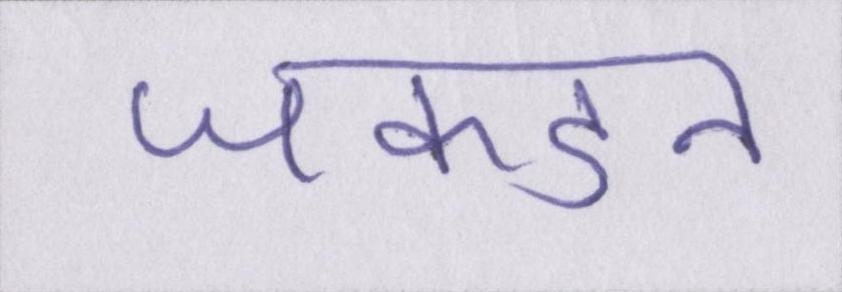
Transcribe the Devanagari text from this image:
जकडन